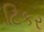
ટિકર